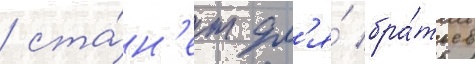
/ ста́н'ет дл'я́ бра́тьев